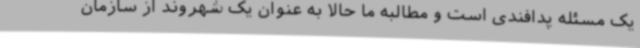
یک مسئله پدافندی است و مطالبه ما حالا به عنوان یک شهروند از سازمان